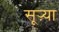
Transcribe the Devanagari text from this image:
सूऱ्या